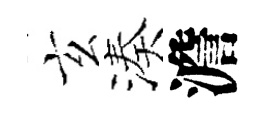
玄湊澹